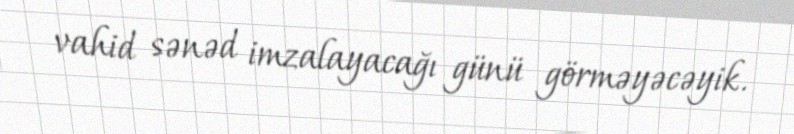
vahid sənəd imzalayacağı günü görməyəcəyik.